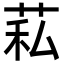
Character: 𦮺